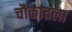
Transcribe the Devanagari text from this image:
चौकातला